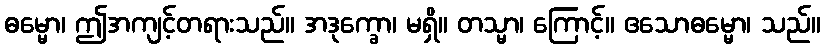
ဓမ္မော၊ ဤအကျင့်တရားသည်။ အဒုက္ခော၊ မရှိ။ တသ္မာ၊ ကြောင့်။ ဧသောဓမ္မော၊ သည်။